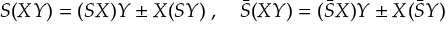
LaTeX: S ( X Y ) = ( S X ) Y \pm X ( S Y ) \; , \quad \bar { S } ( X Y ) = ( \bar { S } X ) Y \pm X ( \bar { S } Y )